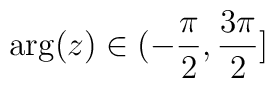
\arg (z)\in (-\frac{\pi }{2},\frac{3\pi }{2}]\protect